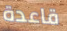
قاعدة